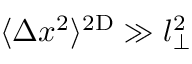
\langle \Delta x ^ { 2 } \rangle ^ { \mathrm { 2 D } } \gg l _ { \perp } ^ { 2 }